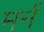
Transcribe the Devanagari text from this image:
मर्न